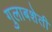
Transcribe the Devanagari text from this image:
गुलाबशेती